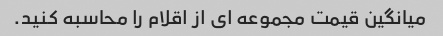
میانگین قیمت مجموعه ای از اقلام را محاسبه کنید.